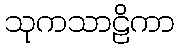
သုကသာဠိကာ